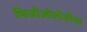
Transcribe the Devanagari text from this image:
फिजीओलॉजीचा